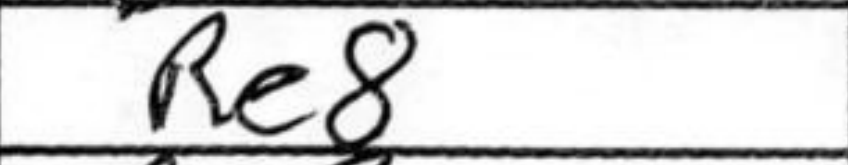
Transcription: Re8